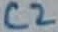
Text: C2